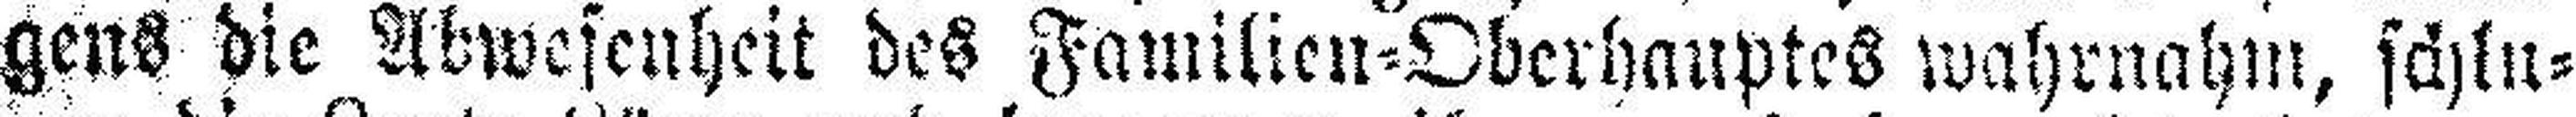
gens die Abwesenheit des Familien=Oberhauptes wahrnahm, schlu¬